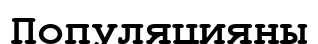
Популяцияны